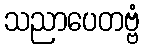
သညာပေတဗ္ဗံ